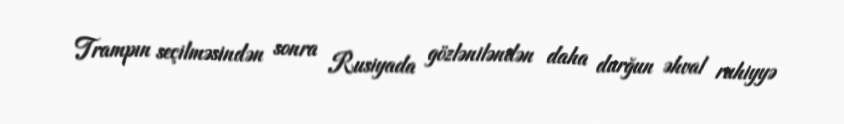
Trampın seçilməsindən sonra Rusiyada gözləniləndən daha durğun əhval ruhiyyə